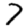
Digit: 7